Report on the lunatic asylums under the Government of Bombay - 1904-1913
Year: 1904
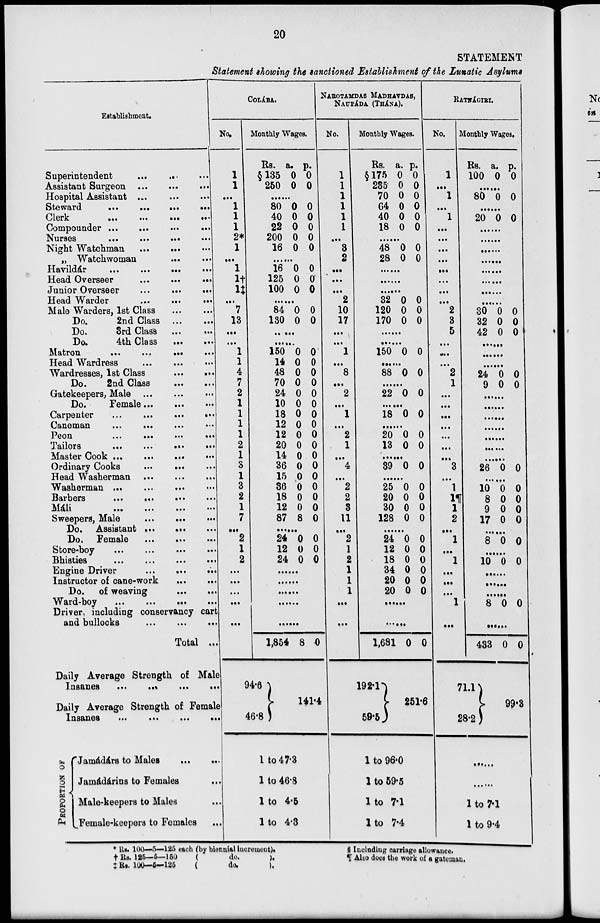
20
STATEMENT
Statement showing the sanctioned Establishment of the Lunatic Asylums
Establishment.
Superintendent
... ... ...
Assistant Surgeon ... ... ...
Hospital Assistant ... ... ...
Steward ... ... ...
Clerk ... ... ...
Compounder ...
...
...
...
Nurses
...
...
...
...
Night Watchman
...
...
„ Watchwoman
Havildár
...
...
...
...
Head Overseer
...
...
...
...
Junior Overseer ... ... ... ...
Head Warder
...
...
...
Male Warders, 1st Class ... ...
Do.
2nd Class ... ...
Do.
3rd Class ... ...
Do.
4th Class ... ...
Matron
...
...
...
...
Head Wardress ... ... ...
Wardresses, 1st Class
...
...
Do.
2nd Class
...
...
Gatekeepers, Male
...
...
Do
Female
...
...
...
Carpenter
...
...
...
...
Caneman
...
...
...
...
Peon
...
...
...
...
Tailors
...
...
...
...
Master Cook ...
...
...
...
Ordinary Cooks ... ... ...
Head Washerman
...
...
...
Washerman ...
...
...
Barbers
...
...
...
Máli
...
...
...
...
...
Sweepers, Male
...
...
...
Do. Assistant ... ... ...
Do. Female
...
...
...
Store-boy
...
...
...
...
Bhisties
...
...
...
...
Engine Driver
...
...
...
Instructor of cane-work ... ... ...
Do. of weaving ... ... ...
Ward-boy
...
...
...
Driver, including conservancy cart
and bullocks
...
...
...
Total ...
Daily Average Strength of Male
Insanes ... ... ...
Daily Average Strength of Female
Insanes
...
...
... ...
PROPORTION OF
Jamádárs to Males
...
...
Jamádárins to Females ...
Male-keepers to Males ...
Female-keepers to Females ...
COLÁBA.
No.
1
1
...
1
1
1
2*
1
...
1
1†
1‡
...
7
13
...
...
1
1
4
7
2
1
1
1
1
2
1
3
1
3
2
1
7
...
2
1
2
...
...
...
...
...
Monthly Wages.
Rs.
§135
250
a.
0
0
p.
0
0
......
80
40
22
200
16
0
0
0
0
0
0
0
0
0
0
......
16
125
100
0
0
0
0
0
0
......
84
130
0
0
0
0
......
......
150
14
48
70
24
10
18
12
12
20
14
36
15
36
18
12
87
0
0
0
0
0
0
0
0
0
0
0
0
0
0
0
2
7
0
0
0
0
0
0
0
0
0
0
0
0
0
0
0
0
0
......
24
12
24
0
0
0
0
0
0
......
......
......
......
......
1,85
94.6
46.8
8 0
141.4
1 to 47.3
1 to 46.8
1 to 4.5
1 to 4.3
NAROTAMDAS MADHAVDAS,
NAUPÁDA (THÁNA).
No.
1
1
1
1
1
1
...
3
2
...
...
...
2
10
17
...
...
1
...
8
...
2
...
1
...
2
1
...
4
...
2
2
3
11
...
2
1
2
1
1
1
...
...
Monthly Wages.
Rs.
§175
235
70
64
40
18
a.
0
0
0
0
0
0
p.
0
0
0
0
0
0
......
48
28
0
0
0
0
......
......
......
32
120
170
0
0
0
0
0
0
......
......
150 0 0
......
88 0 0
......
22 0 0
......
18 0 0
......
20
13
0
0
0
0
......
39 39
0
......
25
20
3l
128
0
0
0
0
0
0
0
0
......
24
12
18
34
20
20
0
0
0
0
0
0
0
0
0
0
0
0
......
......
1,681
192.1
59.5
0
0
251.6
1 to 96.0
1 to 59.5
1 to 7.1
1 to 7.4
RATNÁGIRI.
No.
1
...
1
...
1
...
...
...
...
...
...
...
...
2
3
5
...
...
...
2
1
...
...
...
...
...
...
...
3
...
1
1¶
1
2
...
1
...
1
...
...
...
1
...
Monthly Wages.
Rs.
100
a.
0
p.
0
......
80 0 0
......
20 0 0
......
......
......
......
......
......
......
......
30
32
42
0
0
0
0
0
0
......
......
......
24
9
0
0
0
0
......
......
......
......
......
......
......
26 0
0
......
10
8
9
17
0
0
0
0
0
0
0
0
......
8 0
0
......
10 0 0
......
......
8
0
0
......
433
71.1
28.2
0
0
99.3
......
......
1 to 7.1
1 to 9.4
* Rs. 100—5—125 each (by biennial increment).
† Rs. 125—6—150
(
do.
).
‡ Rs. 100—5—125
(
do.
).
§ Including carriage allowance.
¶ Also does the work of a gateman.